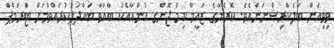
ވިވިއަން ބަލަކްރިޝްނަންއެވެ. ކޮރެޔާގެ ޒައީމް ކިމް ޖޮންގ އުންއާއެކު ބާއްވާ ބައްދަލުކުރެއްވުމަށް ޓްރަމްޕް